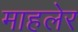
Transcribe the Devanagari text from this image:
माहलेर